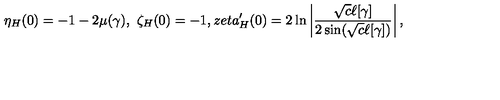
\eta _ { H } ( 0 ) = - 1 - 2 \mu ( \gamma ) , \ \zeta _ { H } ( 0 ) = - 1 , z e t a _ { H } ^ { \prime } ( 0 ) = 2 \ln \left| \frac { \sqrt { c } \ell [ \gamma ] } { 2 \sin ( \sqrt { c } \ell [ \gamma ] ) } \right| ,